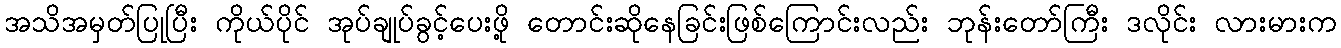
အသိအမှတ်ပြုပြီး ကိုယ်ပိုင် အုပ်ချုပ်ခွင့်ပေးဖို့ တောင်းဆိုနေခြင်းဖြစ်ကြောင်းလည်း ဘုန်းတော်ကြီး ဒလိုင်း လားမားက